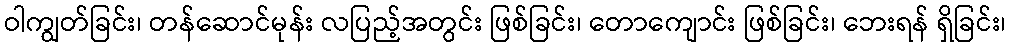
ဝါကျွတ်ခြင်း၊ တန်ဆောင်မုန်း လပြည့်အတွင်း ဖြစ်ခြင်း၊ တောကျောင်း ဖြစ်ခြင်း၊ ဘေးရန် ရှိခြင်း၊